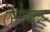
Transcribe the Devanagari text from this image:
ऐसेमबल